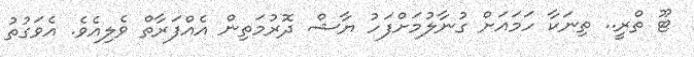
ޓޫ ތްރީ.. ތިނަކާ ހަމައަށް ގުނާލުމަށްފަހު ޔާޝް ދޮރުމަތިން އެއްފަރާތް ވެލިއެވެ. އެވަގުތު